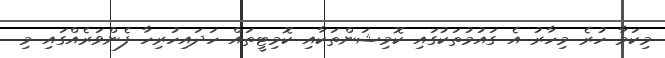
މިކަމާ ހުރެ މިހާރު އެ ގައުމުތަކުގައި ކޮމިޝަންތަކާއި ކޮމިޓީތައް ހަދައިހުރިހާ ފެންވަރެއްގައި މި